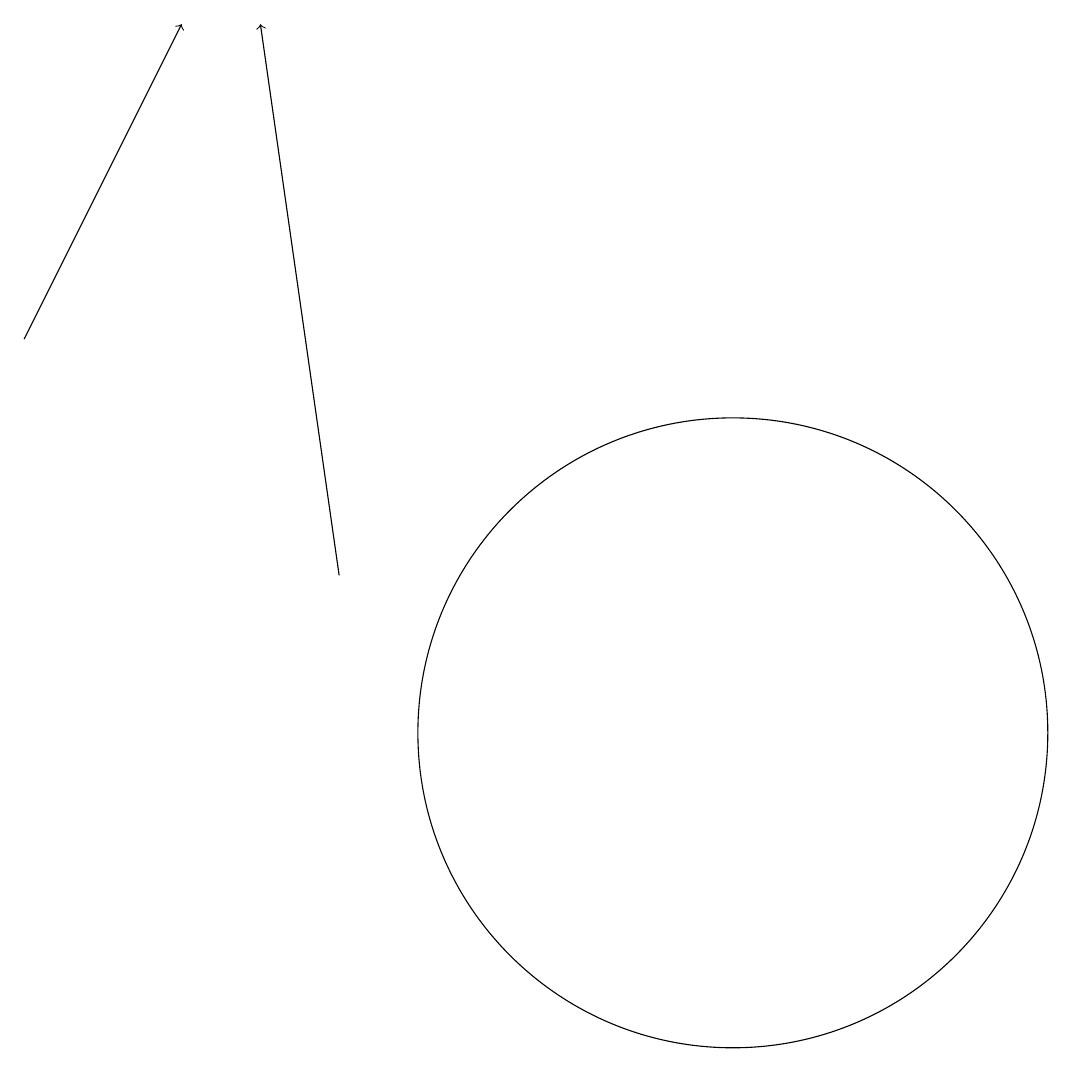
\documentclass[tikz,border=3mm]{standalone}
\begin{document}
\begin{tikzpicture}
\draw[->] (7,12) -- (6,19);
\draw (12,10) circle (4);
\draw[->] (3,15) -- (5,19);
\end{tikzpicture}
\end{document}